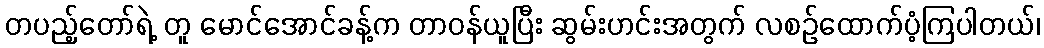
တပည့်တော်ရဲ့ တူ မောင်အောင်ခန့်က တာဝန်ယူပြီး ဆွမ်းဟင်းအတွက် လစဉ်ထောက်ပံ့ကြပါတယ်၊